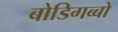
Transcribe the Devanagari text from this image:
बोडिगब्बो